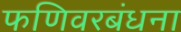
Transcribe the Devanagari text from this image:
फणिवरबंधना